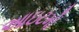
આઇટમો